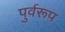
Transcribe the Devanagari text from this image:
पुर्वरूप